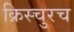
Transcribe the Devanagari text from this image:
क्रिस्चुरच